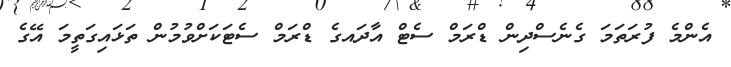
އެންމެ ފުރަތަމަ ގެނެސްދިން ޑްރަމް ސެޓް އާދައގެ ޑްރަމް ސެޓަކަށްވުމުން ތަޅައިގަތީމަ އޭގެ